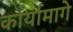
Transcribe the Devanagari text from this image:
कार्यामागे